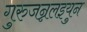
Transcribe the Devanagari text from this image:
गुरुजन्नलइयुन